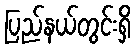
ပြည်နယ်တွင်းရှိ